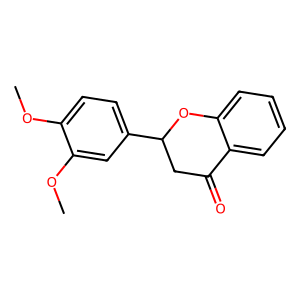
SMILES: COc1ccc(C2CC(=O)c3ccccc3O2)cc1OC
Inhibits HIV replication: No